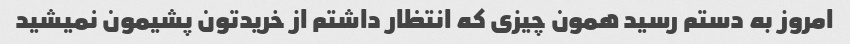
امروز به دستم رسید همون چیزی که انتظار داشتم از خریدتون پشیمون نمیشید